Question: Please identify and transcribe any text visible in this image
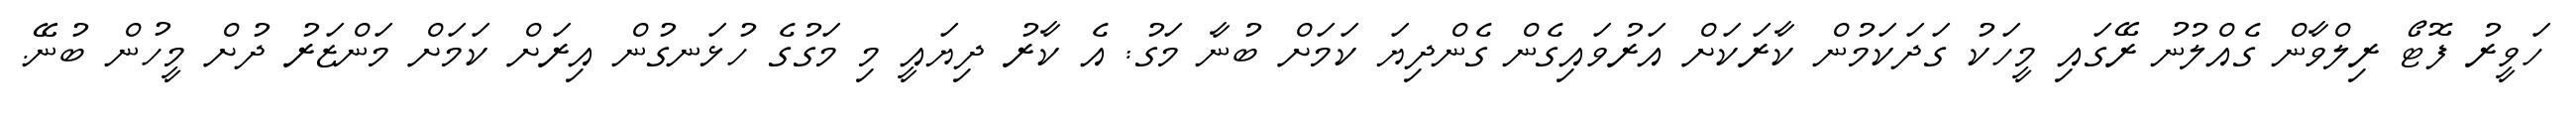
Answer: ހަވީރު ފޮޓޯ ރިލްވާން ގެއްލުނު ރޭގައި މީހަކު ގަދަކަމުން ކާރަކަށް އަރުވައިގެން ގެންދިޔަ ކަމަށް ބުނާ މަގު: އެ ކާރު ދިޔައީ މި މަގުގެ ހުޅަނގުން އިރަށް ކަމަށް މަންޒަރު ދުށް މީހުން ބުނޭ.